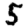
Digit: 5